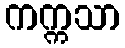
ကက္ကသာ